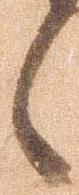
候